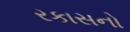
રકાસનો